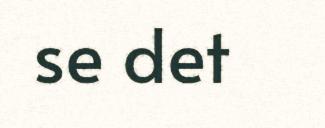
se det